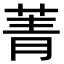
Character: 菁